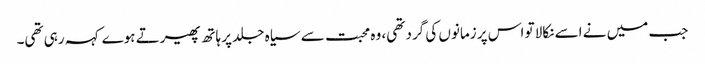
جب میں نے اسے نکالا تو اس پر زمانوں کی گرد تھی، وہ محبت سے سیاہ جلد پر ہاتھ پھیرتے ہوے کہہ رہی تھی۔